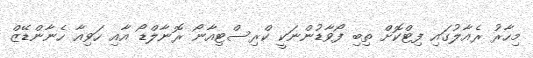
މިހާރު ރެއާލުގައި ފިޓްކޮށް ތިބި ފޯވާޑުންނަކީ ކްރިސްޓިއާނޯ ރޮނާލްޑޯ އާއި ހަވިއާ ހެނާންޑޭޒް